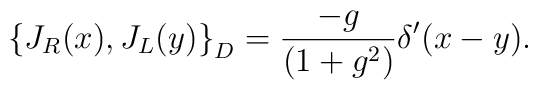
\left\{ J_{R}(x),J_{L}(y)\right\} _{D}=\frac{-g}{(1+g^{2})} \delta '(x-y).